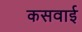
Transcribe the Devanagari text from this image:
कसवाई